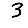
Digit: 3